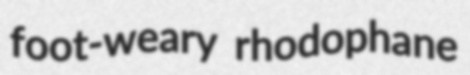
foot-weary rhodophane